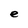
Character: e